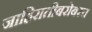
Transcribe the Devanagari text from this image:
जाहिरातीबरोबरच